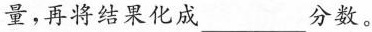
量，再将结果化成___分数。